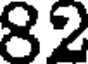
82